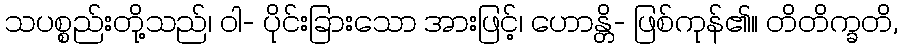
သပစ္စည်းတို့သည်၊ ဝါ- ပိုင်းခြားသော အားဖြင့်၊ ဟောန္တိ- ဖြစ်ကုန်၏။ တိတိက္ခတိ,